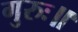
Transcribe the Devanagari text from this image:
गुरुः॥